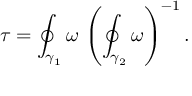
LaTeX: \tau = \oint _ { \gamma _ { 1 } } \omega \, \left( \oint _ { \gamma _ { 2 } } \omega \right) ^ { - 1 } .